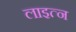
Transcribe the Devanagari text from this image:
लाइत्न